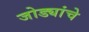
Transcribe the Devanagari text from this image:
जोड्यांचे